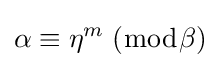
\alpha \equiv \eta ^{m}\;({\bmod {\beta }})